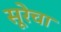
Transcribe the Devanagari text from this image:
सूरेचा